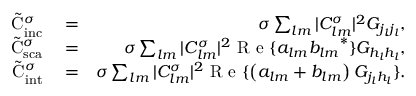
\begin{array} { r l r } { \tilde { \mathrm { { C } } } _ { \mathrm { { i n c } } } ^ { \sigma } } & { { } = } & { \sigma \sum _ { l m } | C _ { l m } ^ { \sigma } | ^ { 2 } G _ { j _ { l } j _ { l } } , } \\ { \tilde { \mathrm { { C } } } _ { \mathrm { { s c a } } } ^ { \sigma } } & { { } = } & { \sigma \sum _ { l m } | C _ { l m } ^ { \sigma } | ^ { 2 } \mathrm { ~ R ~ e ~ } \{ a _ { l m } { b _ { l m } } ^ { * } \} G _ { h _ { l } h _ { l } } , } \\ { \tilde { \mathrm { { C } } } _ { \mathrm { { i n t } } } ^ { \sigma } } & { { } = } & { \sigma \sum _ { l m } | C _ { l m } ^ { \sigma } | ^ { 2 } \mathrm { ~ R ~ e ~ } \{ \left( a _ { l m } + b _ { l m } \right) G _ { j _ { l } h _ { l } } \} . } \end{array}